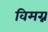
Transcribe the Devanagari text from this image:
विमग्न